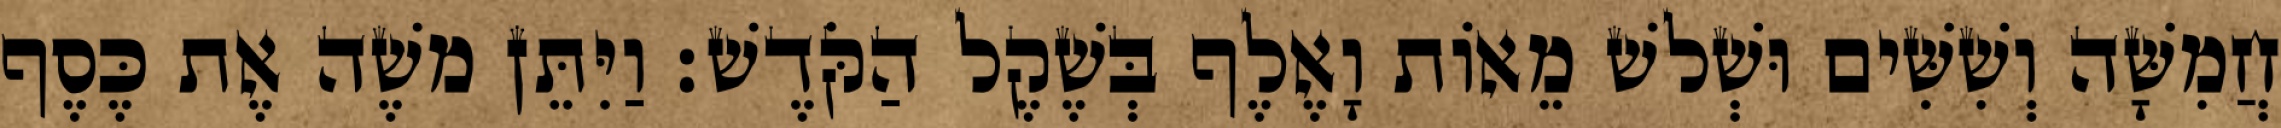
חֲמִשָּׁה וְשִׁשִּׁים וּשְׁלשׁ מֵאוֹת וָאֶלֶף בְּשֶׁקֶל הַקֹּדֶשׁ׃ וַיִּתֵּן משֶׁה אֶת כֶּסֶף